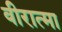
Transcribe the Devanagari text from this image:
वीरात्मा